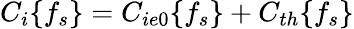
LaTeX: C_{i}\{ f_{s}\} =C_{ie0}\{ f_{s}\} +C_{th}\{ f_{s}\}